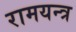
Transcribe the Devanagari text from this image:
रामयन्त्र